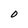
Character: O